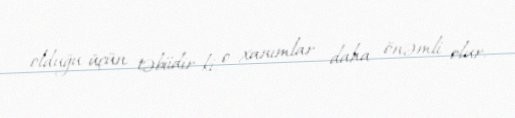
olduğu üçün təbiidir ki, o xanımlar daha önəmli olur.